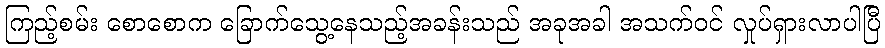
ကြည့်စမ်း စောစောက ခြောက်သွေ့နေသည့်အခန်းသည် အခုအခါ အသက်ဝင် လှုပ်ရှားလာပါပြီ